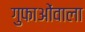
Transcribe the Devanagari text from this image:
गुफाओंवाला